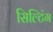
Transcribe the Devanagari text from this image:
सिल्टिंग